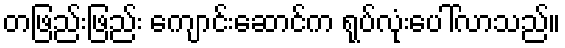
တဖြည်းဖြည်း ကျောင်းဆောင်က ရုပ်လုံးပေါ်လာသည်။